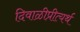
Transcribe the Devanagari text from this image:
दिवाळीप्रीत्यर्थ